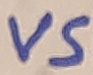
Text: VS